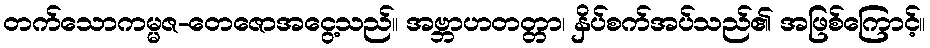
တက်သောကမ္မဇ-တေဇောအငွေ့သည်။ အဗ္ဘာဟတတ္တာ၊ နှိပ်စက်အပ်သည်၏ အဖြစ်ကြောင့်။